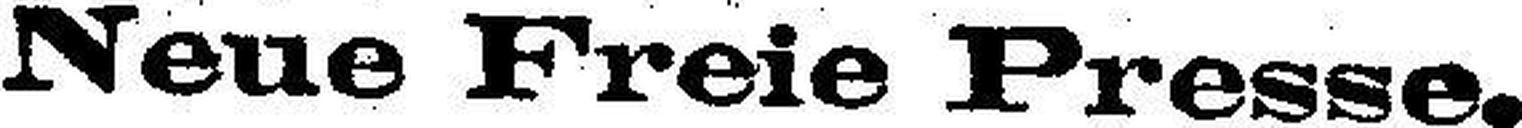
Neue Freie Fresse.